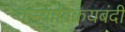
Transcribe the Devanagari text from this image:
कन्याविक्रयबंदी